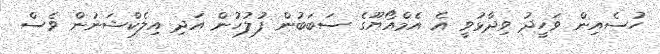
ހުސެއިން ވަހީދު ވިދާޅުވީ އެ އެމްއޯޔޫގެ ސަބަބުން ފުލުހުން އަދި އިލެކްޝަނުން ވެސް